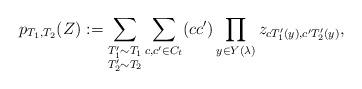
LaTeX: \begin{align*}p_{T_1,T_2}(Z):=\sum_{\substack{T_1' \sim T_1 \\T_2' \sim T_2}} \sum_{c,c' \in C_{t}} (cc')\prod_{y \in Y(\lambda)} z_{c T_1'(y),c'T_2'(y)},\end{align*}